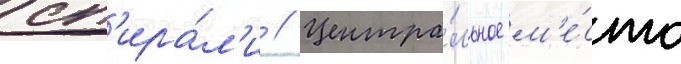
сп'ира́л'и // Центра́льное м'е́сто